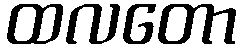
ထလတော